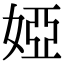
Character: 婭